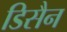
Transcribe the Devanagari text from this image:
डिसैन